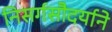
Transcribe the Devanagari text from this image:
निसर्गसौदर्याने